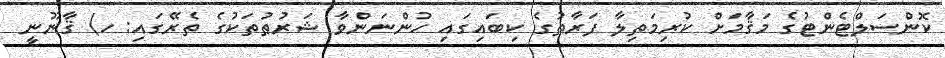
ކޮންސަލްޓެންޓުގެ މަޤާމަށް ކުރިމަތިލާ ފަރާތުގެ ކިބައިގައި ހުންނަންވާ ޝަރުޠުތަކުގެ ތެރޭގައި: ހ) ޤާނޫނީ